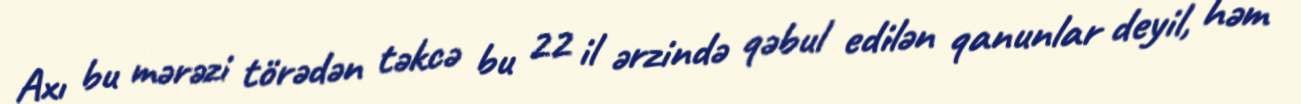
Axı bu mərəzi törədən təkcə bu 22 il ərzində qəbul edilən qanunlar deyil, həm